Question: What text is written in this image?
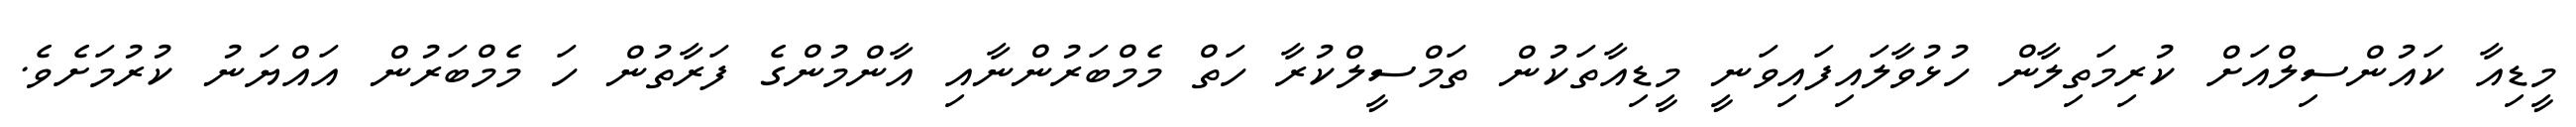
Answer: މީޑިއާ ކައުންސިލްއަށް ކުރިމަތިލާން ހުޅުވާލައިފައިވަނީ މީޑިއާތަކުން ތަމްސީލްކުރާ ހަތް މެމްބަރުންނާއި އާންމުންގެ ފަރާތުން ހަ މެމްބަރުން އައްޔަނު ކުރުމަށެވެ.